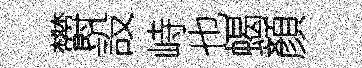
欝設峙也蝎顏